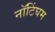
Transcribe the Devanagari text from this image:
नाॅटिंघम